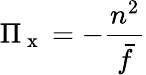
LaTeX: \Pi_{\mathrm{~x~}}=-\frac{n^{2}}{\bar{f}}